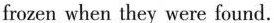
frozen when they were found.